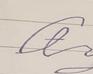
Signature authenticity: forged